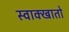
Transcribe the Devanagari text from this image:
स्वाक्खातो